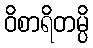
ဝိစာရိတမ္ပိ